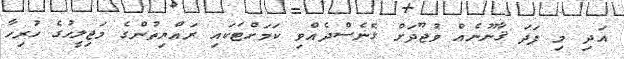
އަދި މި ފަދަ ޤާނޫނެއް ވުޖޫދަށް ގެނެސްދެއްވި ކަމަށްޓަކައި ރައްޔިތުންގެ މަޖިލީހުގެ ހުރިހާ